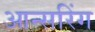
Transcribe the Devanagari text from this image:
आन्सरिंग